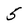
Character: 5